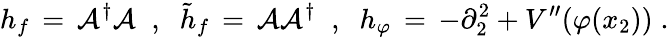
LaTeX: h_{f}\, =\, \mathcal{A}^{\dagger}\mathcal{A}\; \; ,\; \; {\tilde{{h}}}_{f}\, =\, \mathcal{A}\mathcal{A}^{\dagger}\; \; ,\; \; h_{\varphi}\, =\, -\partial_{2}^{2}+V^{\prime\prime}(\varphi(x_{2}))\; .